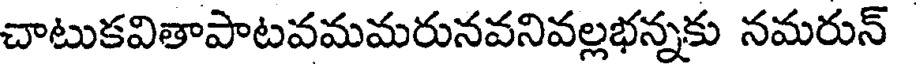
చాటుకవితాపాటవమమరునవనివల్లభన్నకు నమరున్